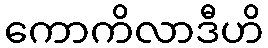
ကောကိလာဒီဟိ